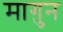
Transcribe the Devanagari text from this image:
माग़ुन